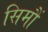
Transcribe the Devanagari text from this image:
सिमौं